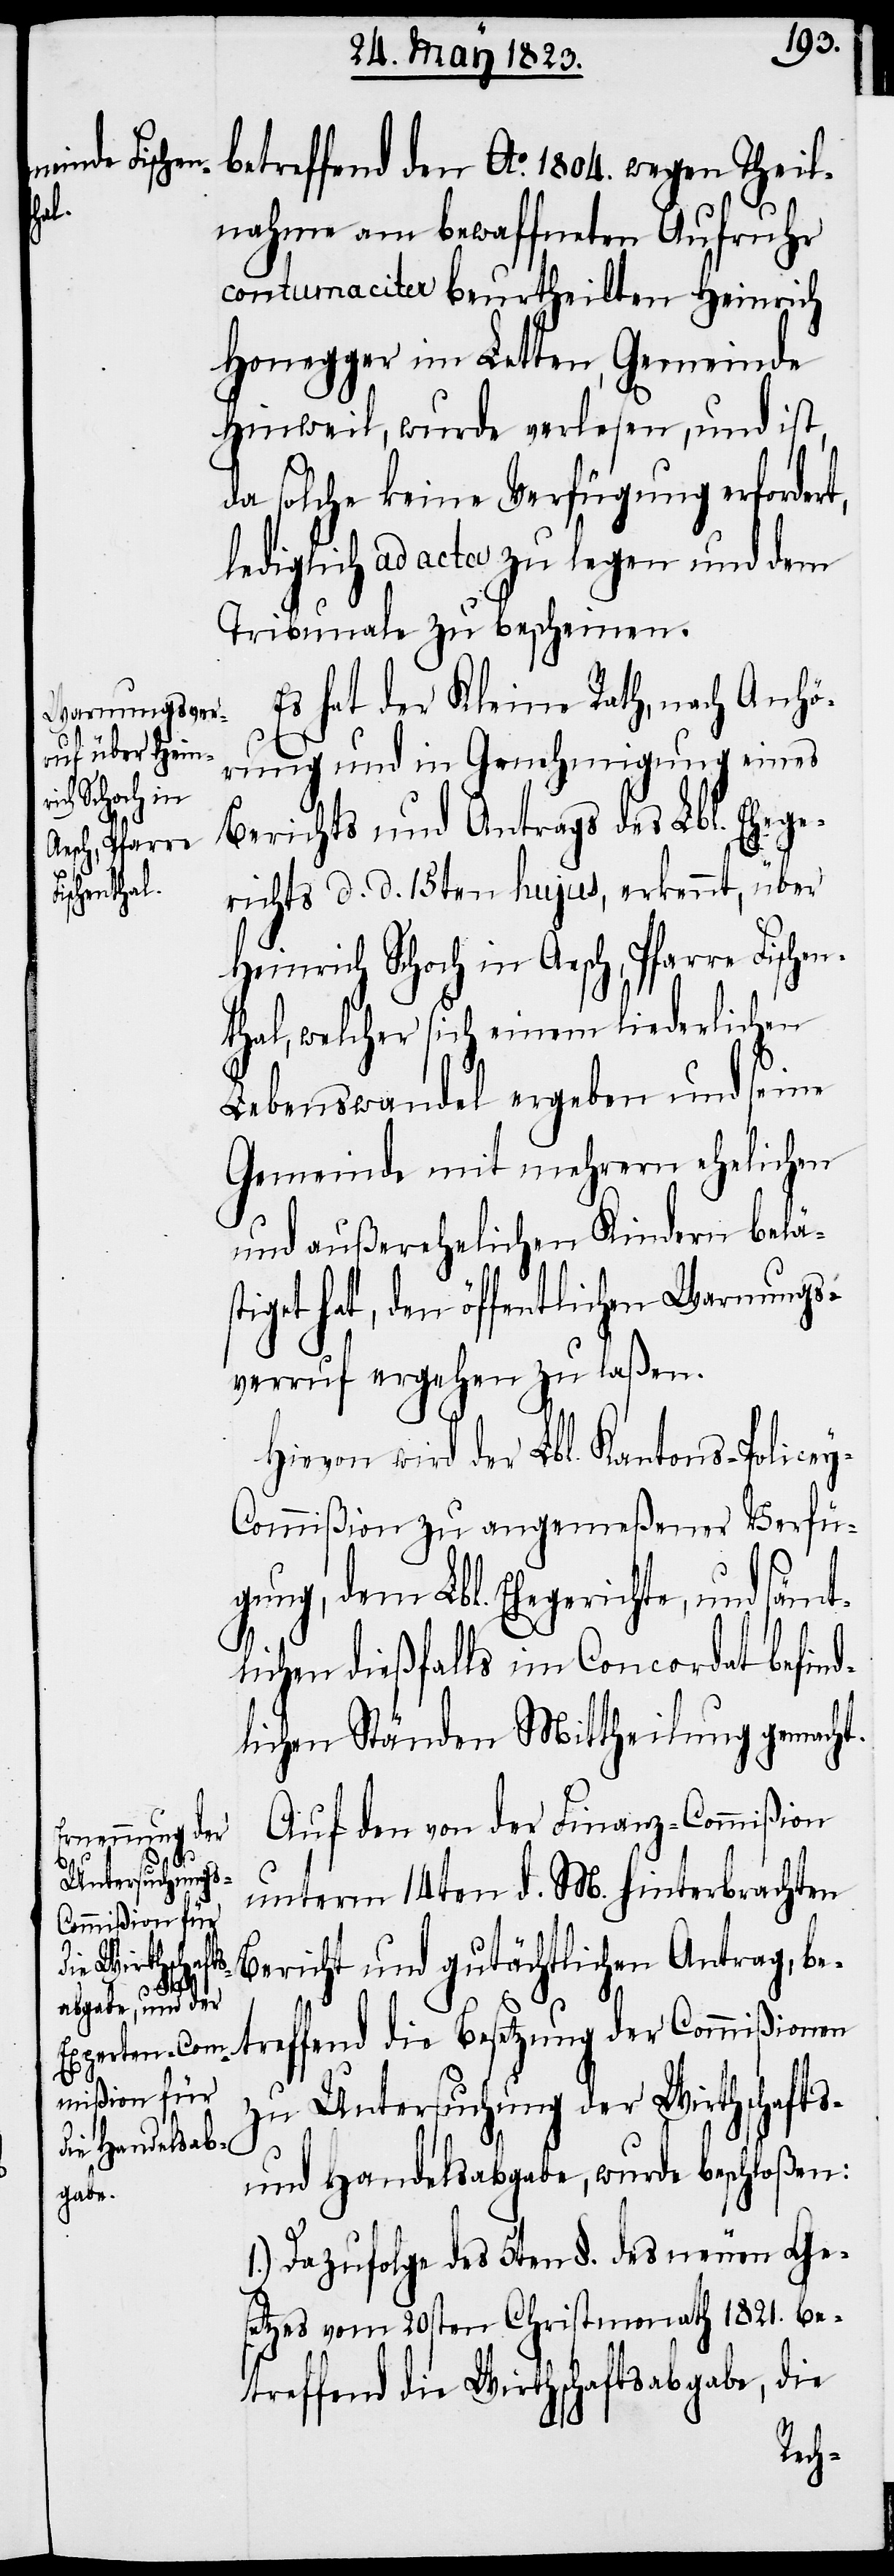
wurde
lnahme am bewaffneten Aufruhr
contumaciter beurtheilten Heinrich
Honegger im Letten, Gemeinde
da solche keine Verfügung erfordert,
lediglich ad acta zu legen und dem
Tribunale zu bescheinen.
Es hat der Kleine Rath, nach Anhö¬
rung und in Genehmigung eines
verlesen, und
Berichts und Antrags des Lbl. Ehege¬
richts d. d. 15ten hujus, erkennt, über
Heinrich Schoch in Aesch, Pfarre Fische¬
nthal, welcher sich einem liederlichen
Lebenswandel ergeben und seine
Gemeinde mit mehrern ehelichen
und außerehelichen Kindern belä¬
stiget hat, den öffentlichen Warnungs¬
verruf ergehen zu laßen.
Hievon wird der Lbl. Kantons-Police¬
y-Commißion zu angemeßener Verfü¬
gung, dem Lbl. Ehegerichte, und sämt¬
lichen dießfalls im Concordat befind¬
lichen Ständen Mittheilung gemacht.
Auf den von der Finanz-Commißion
unterm 14ten d. M. hinterbrachten
Bericht und gutächtlichen Antrag, be¬
1804.
treffend die Besetzung der Commißionen
zu Untersuchung der Wirthschafts-
und Handelsabgabe, wurde beschloßen:
1.) Da zufolge des 5ten §. des neuen Ge¬
setzes vom 20sten Christmonath 1821. be¬
treffend die Wirthschaftsabgabe, die